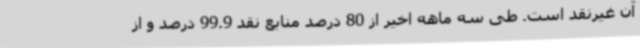
آن غیرنقد است. طی سه ماهه اخیر از 80 درصد منابع نقد 99.9 درصد و از